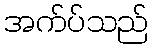
အက်ပ်သည်